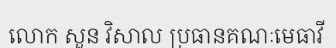
លោក សួន វិសាល ប្រធានគណៈមេធាវី